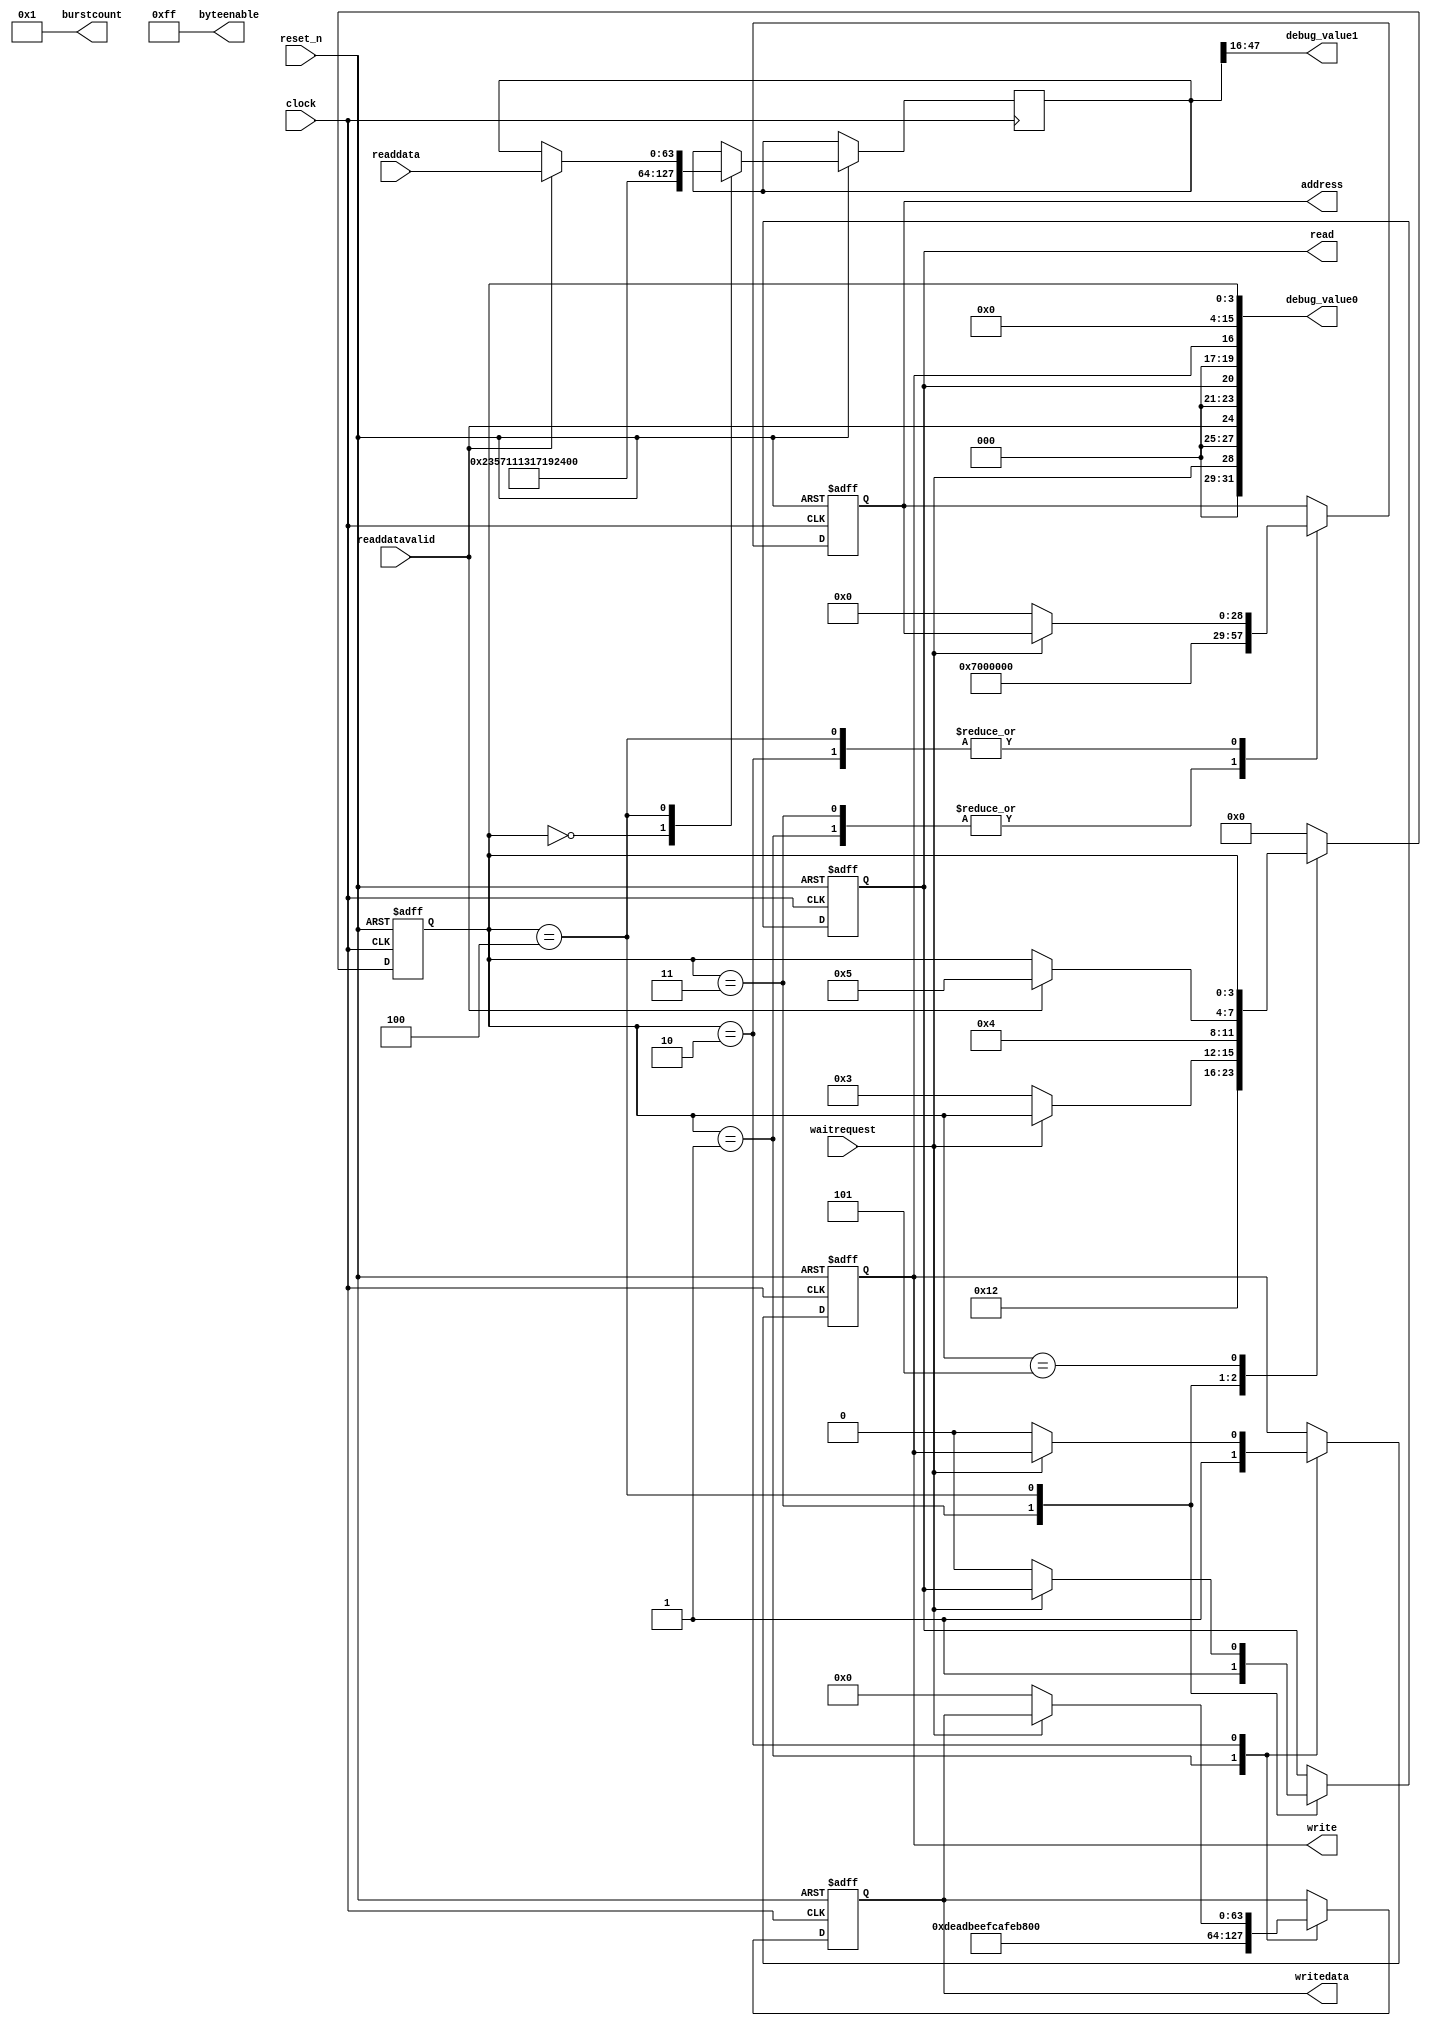
module SDRAM_test(
    input wire clock,
    input wire reset_n,
    output reg [28:0] address,
    output wire [7:0] burstcount,
    input wire waitrequest,
    input wire [63:0] readdata,
    input wire readdatavalid,
    output reg read,
    output reg [63:0] writedata,
    output wire [7:0] byteenable,
    output reg write,
    output wire [31:0] debug_value0,
    output wire [31:0] debug_value1
);
localparam STATE_INIT = 4'h0;
localparam STATE_WRITE_START = 4'h1;
localparam STATE_WRITE_WAIT = 4'h2;
localparam STATE_READ_START = 4'h3;
localparam STATE_READ_WAIT = 4'h4;
localparam STATE_DONE = 4'h5;
reg [3:0] state;
assign burstcount = 8'h01;
assign byteenable = 8'hFF;
reg [63:0] data;
localparam TEST_ADDRESS = 29'h0700_0000;
assign debug_value0 = { 3'b0, waitrequest, 3'b0, readdatavalid, 3'b0, read, 3'b0, write, 12'b0, state };
assign debug_value1 = data[47:16];
always @(posedge clock or negedge reset_n) begin
    if (!reset_n) begin
        state <= STATE_INIT;
        address <= 29'h0;
        read <= 1'b0;
        writedata <= 64'h0;
        write <= 1'b0;
    end else begin
        case (state)
            STATE_INIT: begin
                state <= STATE_WRITE_START;
                data <= 64'h2357_1113_1719_2329;
            end
            STATE_WRITE_START: begin
                address <= TEST_ADDRESS;
                writedata <= 64'hDEAD_BEEF_CAFE_BABE;
                write <= 1;
                state <= STATE_WRITE_WAIT;
            end
            STATE_WRITE_WAIT: begin
                if (!waitrequest) begin
                    address <= 29'h0;
                    writedata <= 64'h0;
                    write <= 1'b0;
                    state <= STATE_READ_START;
                end
            end
            STATE_READ_START: begin
                address <= TEST_ADDRESS;
                read <= 1'b1;
                state <= STATE_READ_WAIT;
            end
            STATE_READ_WAIT: begin
                if (!waitrequest) begin
                    address <= 29'h0;
                    read <= 1'b0;
                end
                if (readdatavalid) begin
                    data <= readdata;
                    state <= STATE_DONE;
                end
            end
            STATE_DONE: begin
            end
            default: begin
                state <= STATE_INIT;
            end
        endcase
    end
end
endmodule